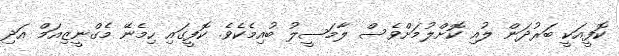
ކޮފީއަކީ ބަރުދަން ލުއި ކޮށްލުމަށްވެސް ލާމަސީލު ބުއިމެކެވެ. ކޮފީގައި ހިމެނޭ މެގްނީޒިއަމް އަދި